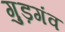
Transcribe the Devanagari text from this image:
गुड़गंव